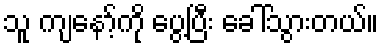
သူ ကျနော့်ကို ပွေ့ပြီး ခေါ်သွားတယ်။